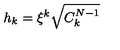
h _ { k } = \xi ^ { k } \sqrt { C _ { k } ^ { N - 1 } }